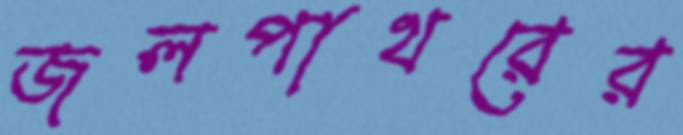
জলপাথরের